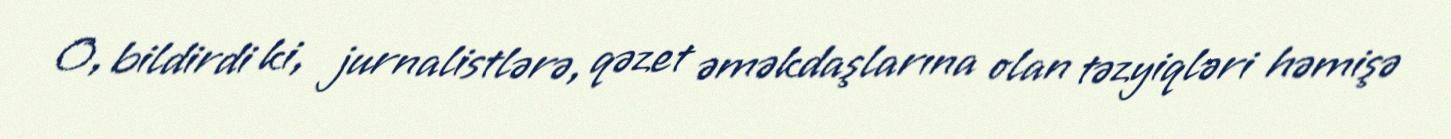
O, bildirdi ki, jurnalistlərə, qəzet əməkdaşlarına olan təzyiqləri həmişə